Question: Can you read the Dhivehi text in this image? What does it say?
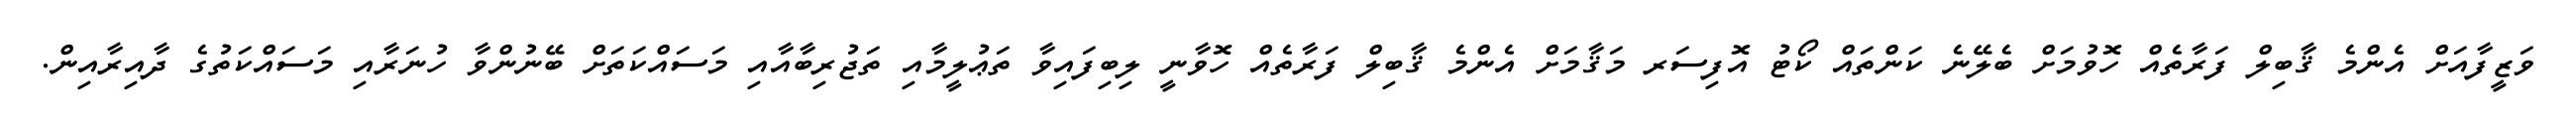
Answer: ވަޒީފާއަށް އެންމެ ޤާބިލް ފަރާތެއް ހޮވުމަށް ބެލޭނެ ކަންތައް ކޯޓު އޮފިސަރ މަޤާމަށް އެންމެ ޤާބިލް ފަރާތެއް ހޮވާނީ ލިބިފައިވާ ތަޢުލީމާއި ތަޖުރިބާއާއި މަސައްކަތަށް ބޭނުންވާ ހުނަރާއި މަސައްކަތުގެ ދާއިރާއިން.